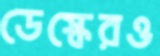
ডেস্কেরও